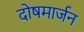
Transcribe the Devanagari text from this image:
दोषमार्जन